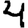
Digit: 4